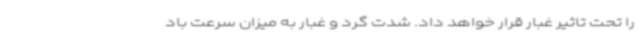
را تحت تاثیر غبار قرار خواهد داد. شدت گرد و غبار به میزان سرعت باد